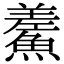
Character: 𩺃